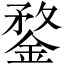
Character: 鍪